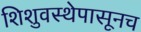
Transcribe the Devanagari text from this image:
शिशुवस्थेपासूनच